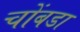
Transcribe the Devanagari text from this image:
चोंबडा